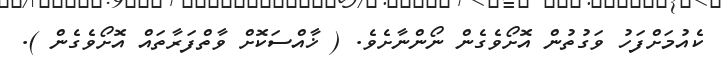
ކެއުމަށްފަހު ވަގުތުން އޮށޯވެގެން ނޯންނާށެވެ. ( ޚާއްސަކޮށް ވާތްފަރާތައް އޮށޯވެގެން ).